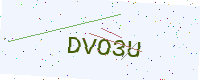
Text: DVO3U